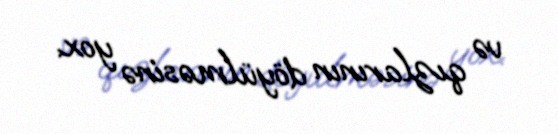
və qızlarının döyülməsinə yox.